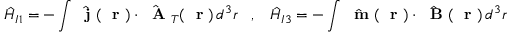
\hat { H } _ { I 1 } = - \int \hat { \mathrm { ~ \bf ~ j ~ } } ( \mathrm { ~ \bf ~ r ~ } ) \cdot \hat { \mathrm { ~ \bf ~ A ~ } } _ { T } ( \mathrm { ~ \bf ~ r ~ } ) \, d ^ { 3 } r \; \; \; , \; \; \; \hat { H } _ { I 3 } = - \int \hat { \mathrm { ~ \bf ~ m ~ } } ( \mathrm { ~ \bf ~ r ~ } ) \cdot \hat { \mathrm { ~ \bf ~ B ~ } } ( \mathrm { ~ \bf ~ r ~ } ) \, d ^ { 3 } r